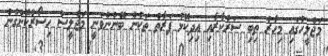
މަޖްލީހުގައި މިހާރު ތިބި ސަރުކާރާއި އިދިކޮޅު ފަރާތް ތަކުން ބޭނުންވަނީ މަޖްލީސް ހިސޯރުކޮށްގެން